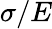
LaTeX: \sigma/E